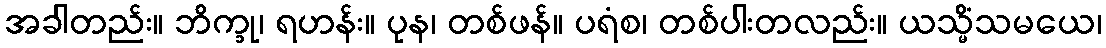
အခါတည်း။ ဘိက္ခု၊ ရဟန်း။ ပုန၊ တစ်ဖန်။ ပရံစ၊ တစ်ပါးတလည်း။ ယသ္မိံသမယေ၊